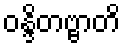
ဝန္ဒိတဗ္ဗာတိ